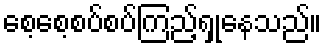
စေ့စေ့စပ်စပ်ကြည့်ရှုနေသည်။